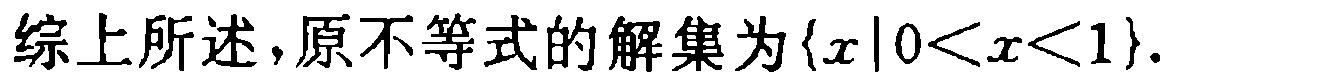
综上所述，原不等式的解集为\(\{x|0<x<1\}\)对应的LaTeX格式为：

综上所述，原不等式的解集为\(\{x|0<x<1\}\)